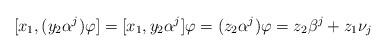
LaTeX: \begin{align*} [x_1, (y_2 \alpha^j)\varphi] = [x_1, y_2 \alpha^j] \varphi = (z_2 \alpha^j) \varphi = z_2 \beta^j + z_1 \nu_j \end{align*}